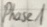
Text: Phase1